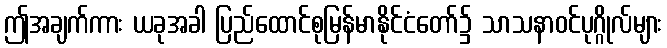
ဤအချက်ကား ယခုအခါ ပြည်ထောင်စုမြန်မာနိုင်ငံတော်၌ သာသနာဝင်ပုဂ္ဂိုလ်များ